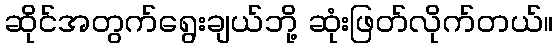
ဆိုင်အတွက်ရွေးချယ်ဘို့ ဆုံးဖြတ်လိုက်တယ်။